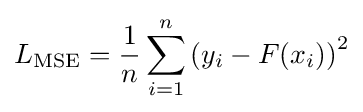
L_{\rm {MSE}}={\frac {1}{n}}\sum _{i=1}^{n}\left(y_{i}-F(x_{i})\right)^{2}